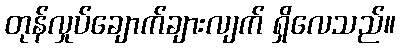
တုန်လှုပ်ချောက်ချားလျက် ရှိလေသည်။